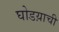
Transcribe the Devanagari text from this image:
घोडय़ाची